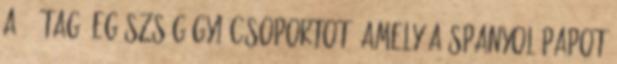
a 30 tagú egészségügyi csoportot, amely a spanyol papot